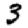
Digit: 3